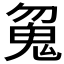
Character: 𱆘